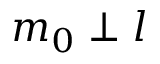
m _ { 0 } \perp l